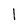
Character: 1